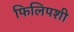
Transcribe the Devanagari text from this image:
फिलिपशी